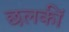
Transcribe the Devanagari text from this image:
छलकीं